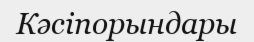
Кәсіпорындары